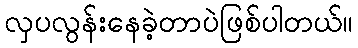
လှပလွန်းနေခဲ့တာပဲဖြစ်ပါတယ်။